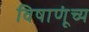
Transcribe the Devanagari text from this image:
विषाणूंच्य